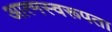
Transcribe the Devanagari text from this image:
आत्मस्वरूपता